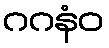
ဂဂနံဝ